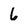
Character: 6